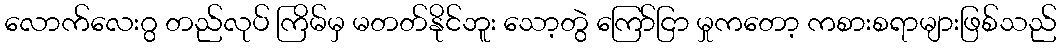
လောက်လေးဂွ တည်လုပ် ကြိမ်မှ မတတ်နိုင်ဘူး သော့တွဲ ကြော်ငြာ မှုကတော့ ကစားစရာများဖြစ်သည်